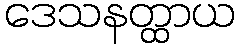
ဒေသနတ္ထာယ